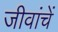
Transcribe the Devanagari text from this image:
जीवांचें